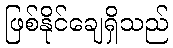
ဖြစ်နိုင်ချေရှိသည်